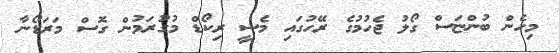
މިހެން ބުންޏަސް ގޯލު ޖެހުމުގެ ރޭހުގައި މެސީ ރިކޯޑް މުގުރަމުން ގޮސް މަރަޑޯނާ